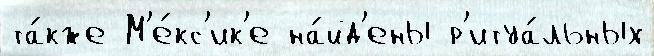
та́кже М'е́кс'ик'е на́йд'ены р'итуа́льных